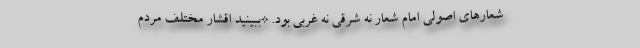
شعارهای اصولی امام شعار نه شرقی نه غربی بود. *ببینید اقشار مختلف مردم